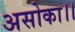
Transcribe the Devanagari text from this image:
असोका।।